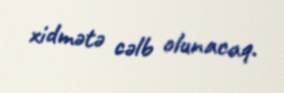
xidmətə cəlb olunacaq.